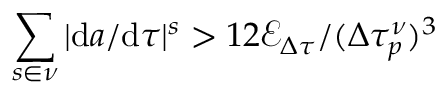
\sum _ { s \in \nu } | \mathrm { d } a / \mathrm { d } \tau | ^ { s } > 1 2 \mathcal { E } _ { \Delta \tau } / ( \Delta \tau _ { p } ^ { \nu } ) ^ { 3 }